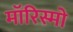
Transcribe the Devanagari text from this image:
मॉरिस्मो